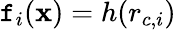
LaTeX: \mathtt{f}_{i}(\mathbf{{x}})=h(r_{c,i})